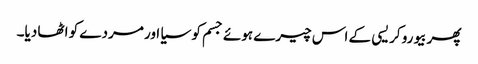
پھر بیورو کریسی کے اس چیرے ہوئے جسم کو سیا اور مردے کو اٹھا دیا۔